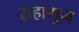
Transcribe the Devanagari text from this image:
सहागुन